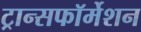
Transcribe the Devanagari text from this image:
ट्रान्सफॉर्मेशन